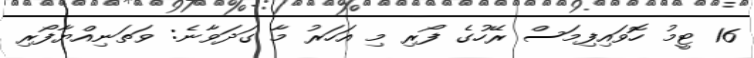
16 ޓީމު ހޮވައިފިމަސް ރޭހުގެ ފޯރި މި އަހަރު މާ ގަދަވާނެ: ވަތަނިއްޔާފޯރި